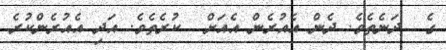
ގެ  ދަނެތެވެ. ދެން އެއުރެން އެއަށް  ކުރެތެވެ. އަދި އެއުރެންކުރެ